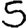
Digit: 5